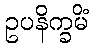
ဥပနိက္ခမိံ